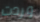
وردت